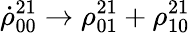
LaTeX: \dot{\rho}_{00}^{21}\to\rho_{01}^{21}+\rho_{10}^{21}